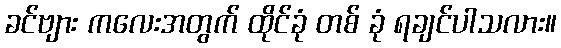
ခင်ဗျား ကလေးအတွက် ထိုင်ခုံ တစ် ခုံ ရချင်ပါသလား။